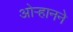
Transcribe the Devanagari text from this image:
ओऱ्हानने